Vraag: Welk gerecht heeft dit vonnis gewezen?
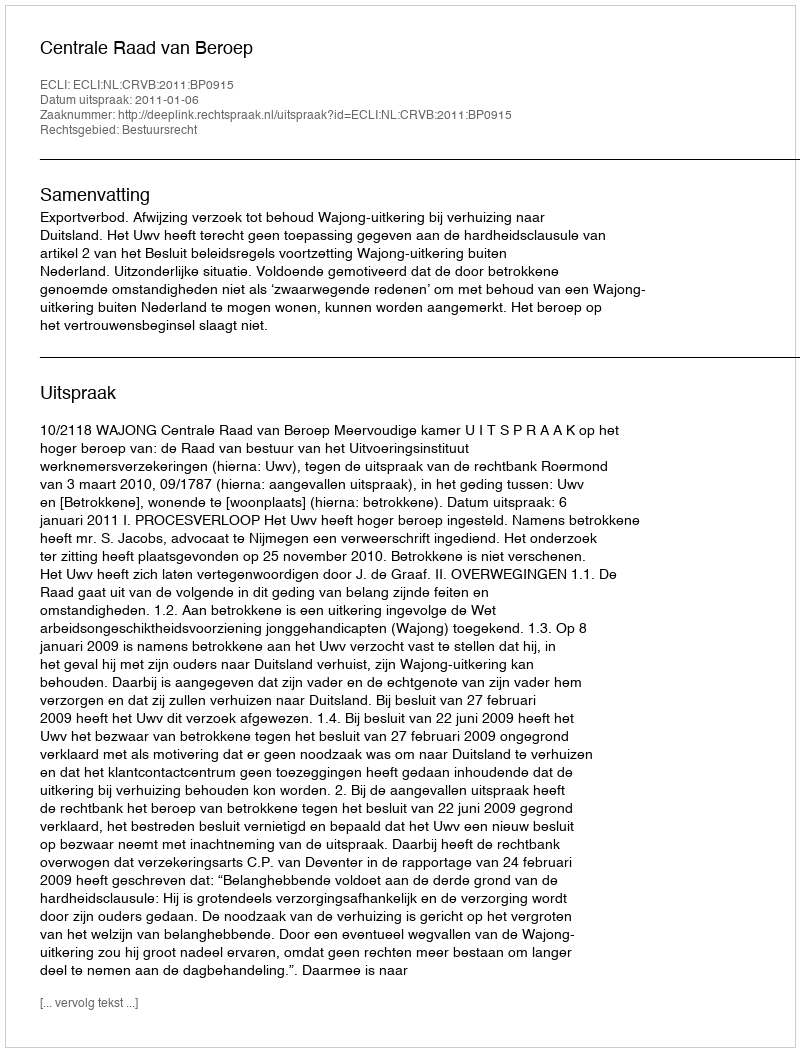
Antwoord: Centrale Raad van Beroep